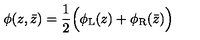
\phi ( z , \bar { z } ) = \frac { 1 } { 2 } \Big ( \phi _ { \mathrm { L } } ( z ) + \phi _ { \mathrm { R } } ( \bar { z } ) \Big )